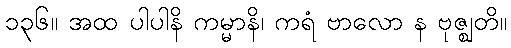
၁၃၆။ အထ ပါပါနိ ကမ္မာနိ၊ ကရံ ဗာလော န ဗုဇ္ဈတိ။